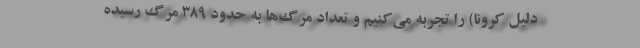
دلیل کرونا) را تجربه می‌کنیم و تعداد مرگ‌ها به حدود ۳۸۹ مرگ رسیده